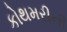
કોથમરીની